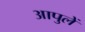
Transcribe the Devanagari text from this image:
आपुलें